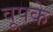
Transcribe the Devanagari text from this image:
वूपके